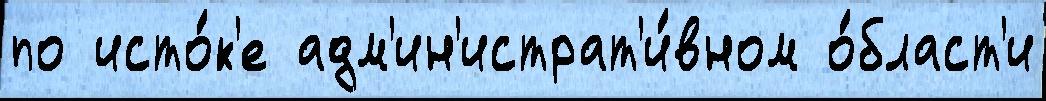
по исто́к'е адм'ин'истрат'и́вном о́бласт'и